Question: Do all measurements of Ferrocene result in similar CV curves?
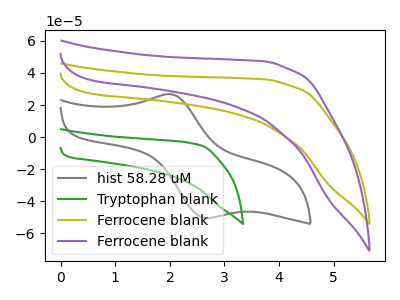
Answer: <think>The gray curve "hist 58.28 uM" has an anodic peak at (1.95V, 26.80uA) and a cathodic peak at (2.65V, -50.35uA). The green curve "Tryptophan blank" has no peaks. The olive curve "Ferrocene blank" has no peaks. The purple curve "Ferrocene blank" has no peaks.
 "hist 58.28 uM" and "Tryptophan blank" have a different number of peaks. "hist 58.28 uM" and "Ferrocene blank" have a different number of peaks. "hist 58.28 uM" and "Ferrocene blank" have a different number of peaks. Neither "Tryptophan blank" or "Ferrocene blank" have any peaks. Neither "Tryptophan blank" or "Ferrocene blank" have any peaks. Neither "Ferrocene blank" or "Ferrocene blank" have any peaks.</think>
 <answer>All the CV's of "Ferrocene" have similar shape.</answer>
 <eval>follow_rule</eval>